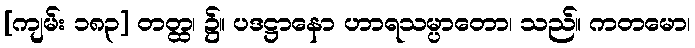
[ကျမ်း ၁၈၃] တတ္ထ၊ ၌။ ပဒဋ္ဌာနော ဟာရသမ္ပာတော၊ သည်။ ကတမော၊